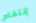
إنتقام